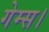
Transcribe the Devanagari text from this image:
गेम्स।